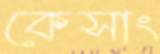
কেসাং